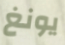
يونغ